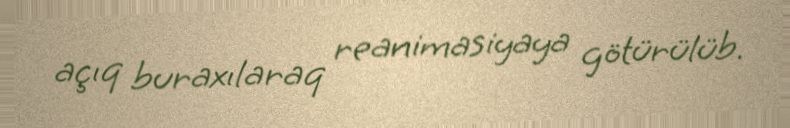
açıq buraxılaraq reanimasiyaya götürülüb.